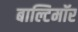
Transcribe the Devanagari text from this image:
बाल्टिमॉर